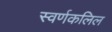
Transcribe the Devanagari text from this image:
स्वर्णकलिल